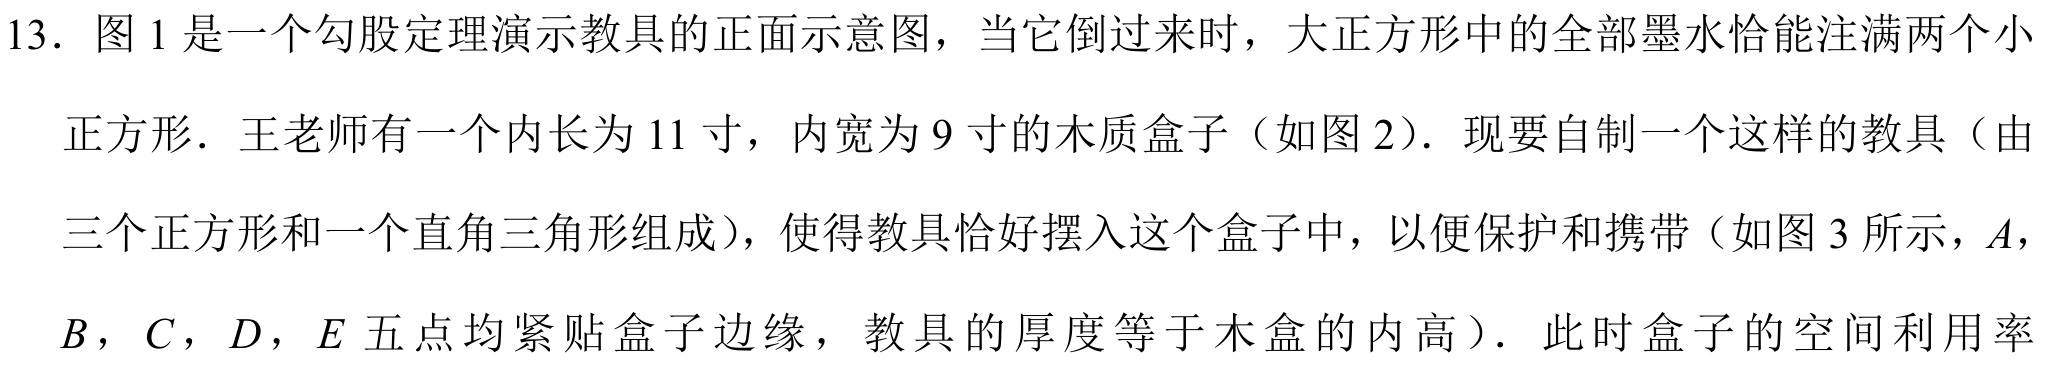
13. 图1是一个勾股定理演示教具的正面示意图，当它倒过来时，大正方形中的全部墨水恰能注满两个小
正方形．王老师有一个内长为11寸，内宽为9寸的木质盒子（如图2）．现要自制一个这样的教具（由
三个正方形和一个直角三角形组成），使得教具恰好摆入这个盒子中，以便保护和携带（如图3所示，\(A\)，
\(B\)，\(C\)，\(D\)，\(E\)五点均紧贴盒子边缘，教具的厚度等于木盒的内高）．此时盒子的空间利用率